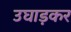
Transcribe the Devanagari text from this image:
उघाड़कर